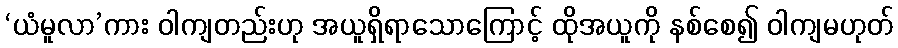
‘ယံမူလာ’ကား ဝါကျတည်းဟု အယူရှိရာသောကြောင့် ထိုအယူကို နစ်စေ၍ ဝါကျမဟုတ်